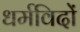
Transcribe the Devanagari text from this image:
धर्मविदों